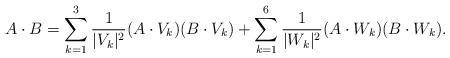
LaTeX: \begin{align*}A\cdot B=\sum_{k=1}^3\frac{1}{|V_k|^2}(A\cdot V_k)(B\cdot V_k)+\sum_{k=1}^6\frac{1}{|W_k|^2}(A\cdot W_k)(B\cdot W_k).\end{align*}